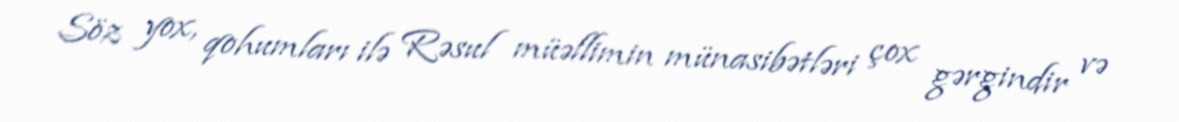
Söz yox, qohumları ilə Rəsul müəllimin münasibətləri çox gərgindir və